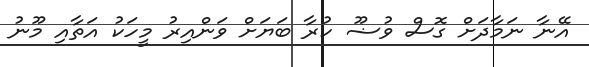
އޭނާ ނަމާދަށް ގޮސް ވުޟޫ ކުރާ ބަޔަށް ވަންއިރު މީހަކު އަތާއި މޫނު